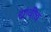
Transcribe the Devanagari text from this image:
द्यावीच